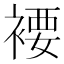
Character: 䙅